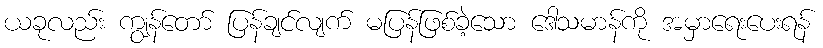
ယခုလည်း ကျွန်တော် ပြန်ချင်လျက် မပြန်ဖြစ်ခဲ့သော ဒေါသမာန်ကို အမှာရေးပေးရန်